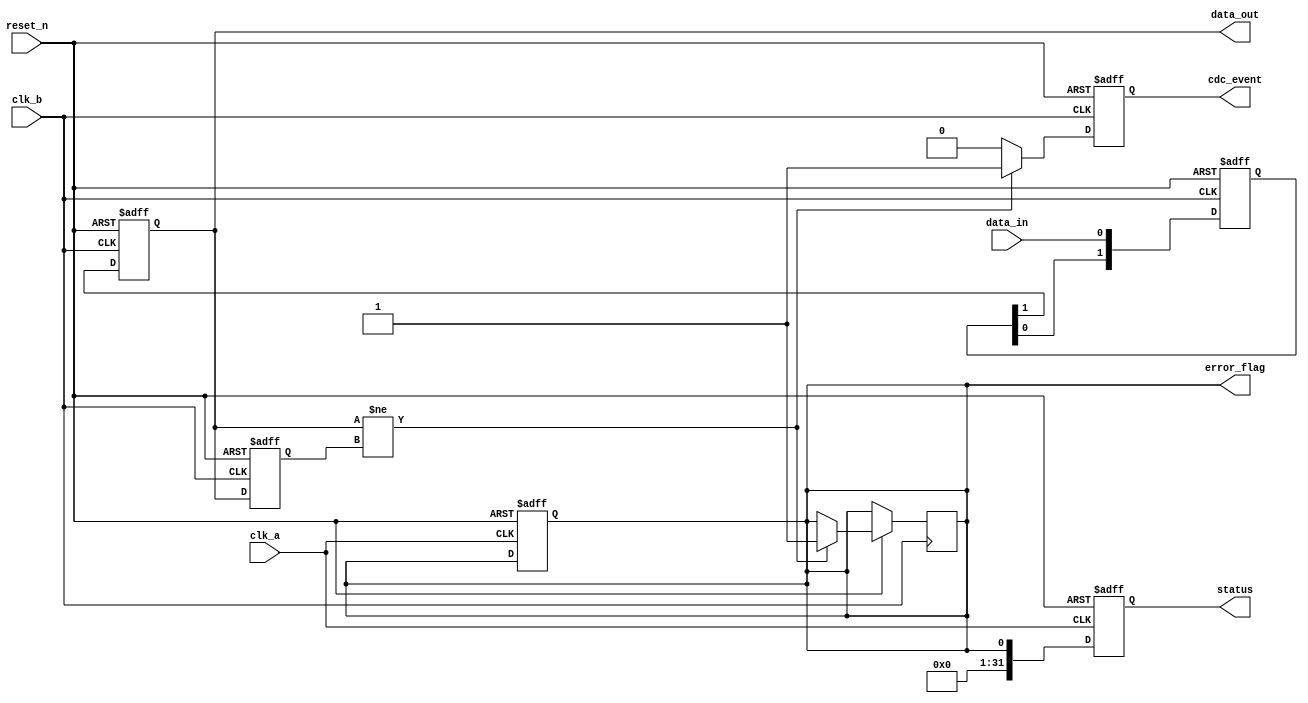
module cdc_detector (
    input wire clk_a,         // Clock domain A
    input wire clk_b,         // Clock domain B
    input wire reset_n,       // Asynchronous reset (active low)
    input wire data_in,       // Input data signal from clk_a domain
    output reg data_out,      // Synchronized data output in clk_b domain
    output reg cdc_event,     // CDC event flag
    output reg error_flag,     // Error flag indicating potential CDC issues
    output reg [31:0] status   // Status register for monitoring
);

// Internal registers
reg data_out_prev;          // Previous value of data_out
reg [1:0] sync_ff;          // Two-stage synchronizer

// Synchronizer: Two flip-flops to mitigate metastability
always @(posedge clk_b or negedge reset_n) begin
    if (!reset_n) begin
        sync_ff <= 2'b00;
        data_out <= 1'b0;
    end else begin
        sync_ff[0] <= data_in;              // Capture data_in on clk_b
        sync_ff[1] <= sync_ff[0];           // Second stage
        data_out <= sync_ff[1];              // Synchronized output
    end
end

// CDC detection logic
always @(posedge clk_b or negedge reset_n) begin
    if (!reset_n) begin
        data_out_prev <= 1'b0;
        cdc_event <= 1'b0;
    end else begin
        if (data_out != data_out_prev) begin
            cdc_event <= 1'b1;               // Change detected
            error_flag <= 1'b1;              // Set error flag if event occurs
        end else begin
            cdc_event <= 1'b0;               // No change detected
        end
        data_out_prev <= data_out;           // Update previous data_out
    end
end

// Status register update
always @(posedge clk_a or negedge reset_n) begin
    if (!reset_n) begin
        status <= 32'b0;                    // Clear status register on reset
        error_flag <= 1'b0;                 // Clear error flag
    end else begin
        // Update status register, including error flag and cdc_event
        status <= {31'b0, error_flag};       // Store error flag in the MSB
    end
end

endmodule